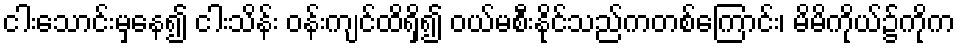
ငါးသောင်းမှနေ၍ ငါးသိန်း ဝန်းကျင်ထိရှိ၍ ဝယ်မစီးနိုင်သည်ကတစ်ကြောင်း၊ မိမိကိုယ်၌ကိုက